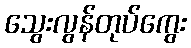
သွေးလွန်တုပ်ကွေး